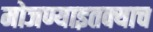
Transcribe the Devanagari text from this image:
मोजण्याइतक्याच